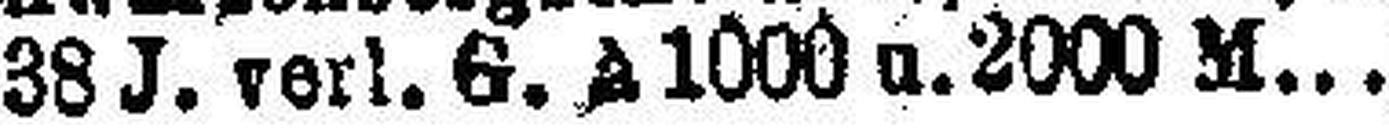
38 J. verl. 6. à 1000 u. 2000 M